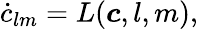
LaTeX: \dot{c}_{lm}=L(\boldsymbol c,l,m),